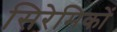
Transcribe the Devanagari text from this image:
सिरेमिकों